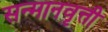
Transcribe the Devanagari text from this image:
सन्मानवृत्ती